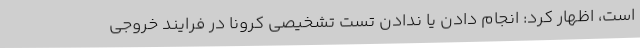
است، اظهار کرد: انجام دادن یا ندادن تست تشخیصی کرونا در فرایند خروجی